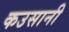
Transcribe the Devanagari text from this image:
कउसानी